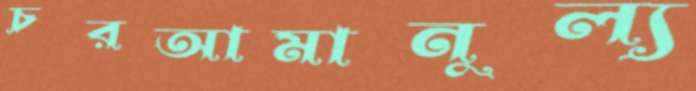
চরআমানুল্য